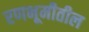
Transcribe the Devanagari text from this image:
रणभूमीतील